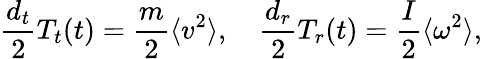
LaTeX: \frac{{d_{t}}}{2}T_{t}(t)=\frac{m}{2}\langle v^{2}\rangle,\quad\frac{{d_{r}}}{2}T_{r}(t)=\frac{I}{2}\langle\omega^{2}\rangle,